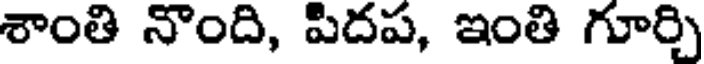
శాంతి నొంది, పిదప, ఇంతి గూర్చి